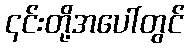
၎င်းတို့အပေါ်တွင်